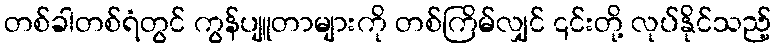
တစ်ခါတစ်ရံတွင် ကွန်ပျူတာများကို တစ်ကြိမ်လျှင် ၎င်းတို့ လုပ်နိုင်သည့်